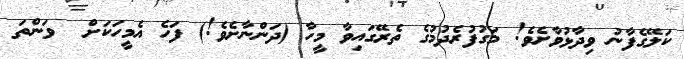
ކަލޭގެފާނު ވިދާޅުވާށެވެ! މަގުފުރެދުމުގެ ތެރޭގައިވާ މީހާ (ދަންނާށެވެ!) ފަހެ އެމީހަކަށް  ވަންތަ